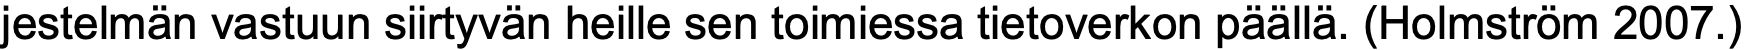
jestelmän vastuun siirtyvän heille sen toimiessa tietoverkon päällä. (Holmström 2007.)